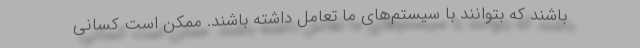
باشند که بتوانند با سیستم‌های ما تعامل داشته باشند. ممکن است کسانی